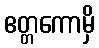
ဧတ္တကောမှိ